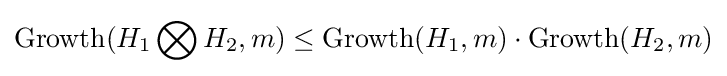
\operatorname {Growth} (H_{1}\bigotimes H_{2},m)\leq \operatorname {Growth} (H_{1},m)\cdot \operatorname {Growth} (H_{2},m)